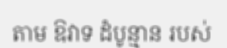
តាម ឱវាទ ដំបូន្មាន របស់